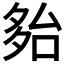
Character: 𡖤